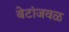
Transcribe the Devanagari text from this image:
बेटांजवळ